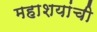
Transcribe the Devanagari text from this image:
महाशयांची